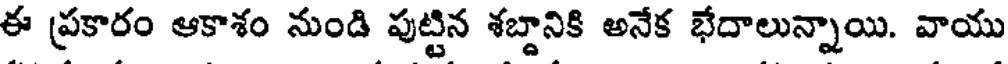
ఈ ప్రకారం ఆకాశం నుండి పుట్టిన శబ్దానికి అనేక భేదాలున్నాయి. వాయు